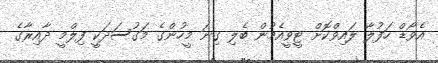
އެވޯޑް ހަފުލާ ލައިވްކޮށް ޓީވީއެމުން ބެލި ގިނަ މީހުންގެ މަގުސަދަކީ ފިލްމީ ދާއިރާގެ